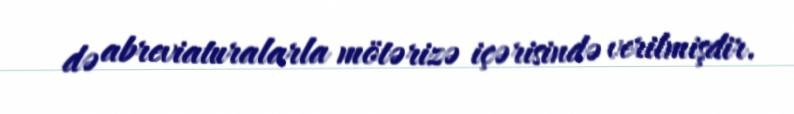
də abreviaturalarla mötərizə içərisində verilmişdir.